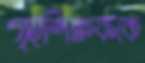
গৃহশিক্ষককে